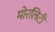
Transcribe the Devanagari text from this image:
मोरलिटी